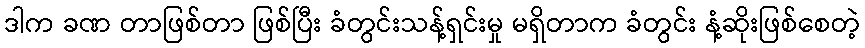
ဒါက ခဏ တာဖြစ်တာ ဖြစ်ပြီး ခံတွင်းသန့်ရှင်းမှု မရှိတာက ခံတွင်း နံ့ဆိုးဖြစ်စေတဲ့